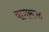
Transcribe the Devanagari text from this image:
वागरूळ